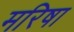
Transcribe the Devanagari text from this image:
मरिषा